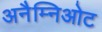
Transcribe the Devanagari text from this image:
अनैम्निओट